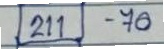
(211) - 70